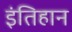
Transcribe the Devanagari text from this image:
इंतिहान